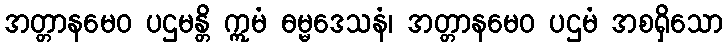
အတ္တာနမေဝ ပဌမန္တိ ဣမံ ဓမ္မဒေသနံ၊ အတ္တာနမေဝ ပဌမံ အစရှိသော